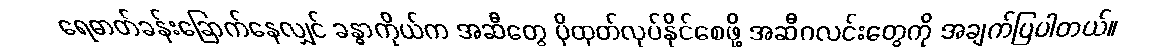
ရေဓာတ်ခန်းခြောက်နေလျှင် ခန္ဓာကိုယ်က အဆီတွေ ပိုထုတ်လုပ်နိုင်စေဖို့ အဆီဂလင်းတွေကို အချက်ပြပါတယ်။